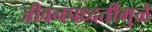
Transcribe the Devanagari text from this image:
जीवनपध्दतीमुळे